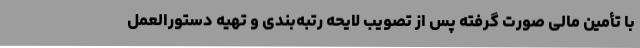
با تأمین مالی صورت گرفته پس از تصویب لایحه رتبه‌بندی و تهیه دستورالعمل